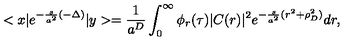
< x | e ^ { - \frac { s } { a ^ { 2 } } ( - \Delta ) } | y > = \frac { 1 } { a ^ { D } } \int _ { 0 } ^ { \infty } \phi _ { r } ( \tau ) | C ( r ) | ^ { 2 } e ^ { - \frac { s } { a ^ { 2 } } ( r ^ { 2 } + \rho _ { D } ^ { 2 } ) } d r ,